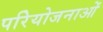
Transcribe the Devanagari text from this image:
परिेयोजनाओं